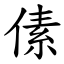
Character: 傃